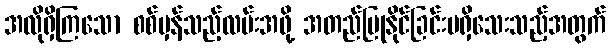
အလိုရှိကြသော စစ်မှန်သည့်လမ်းအဖို့ အတည်ပြုနိုင်ခြင်းမရှိသေးသည့်အတွက်